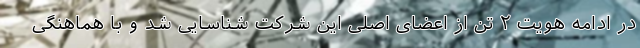
در ادامه هویت ۲ تن از اعضای اصلی این شرکت شناسایی شد و با هماهنگی